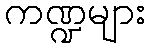
ကဏ္ဍများ